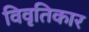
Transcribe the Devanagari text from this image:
विवृतिकार